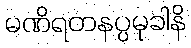
မဏိရတနပ္ပမုခါနိ